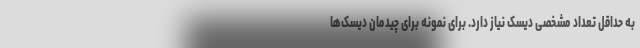
به حداقل تعداد مشخصی دیسک نیاز دارد. برای نمونه برای چیدمان دیسک‌ها